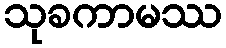
သုခကာမဿ